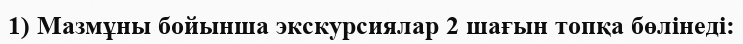
1) Мазмұны бойынша экскурсиялар 2 шағын топқа бөлінеді: